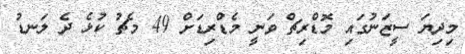
މިދިޔަ ސީޒަނުގައި މޮޑްރިޗް ވަނީ މެޑްރިޑަށް 49 މެޗު ކުޅެ ދެ ލަނޑު